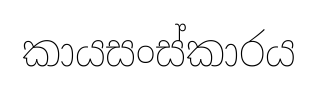
කායසංස්කාරය